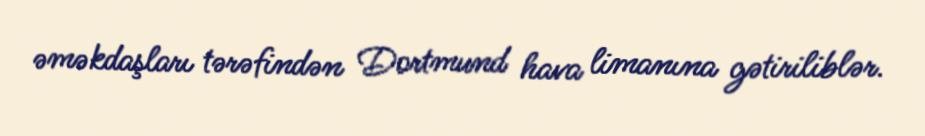
əməkdaşları tərəfindən Dortmund hava limanına gətiriliblər.